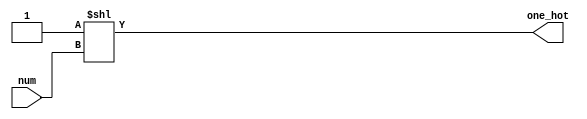
module one_hot(num,one_hot);
	input   [3:0]     num;
	output  reg [15:0] one_hot;
	
	//for içinde teker teker kaydırmayı düşünmüştüm ama githubda hazır kod daha mantıklıymış bunu yapıştırdım
	
	//16b'0000000000000001 sayısını inputumuz kadar kaydırıyoruz
	assign one_hot = 1'b1<<num;

endmodule